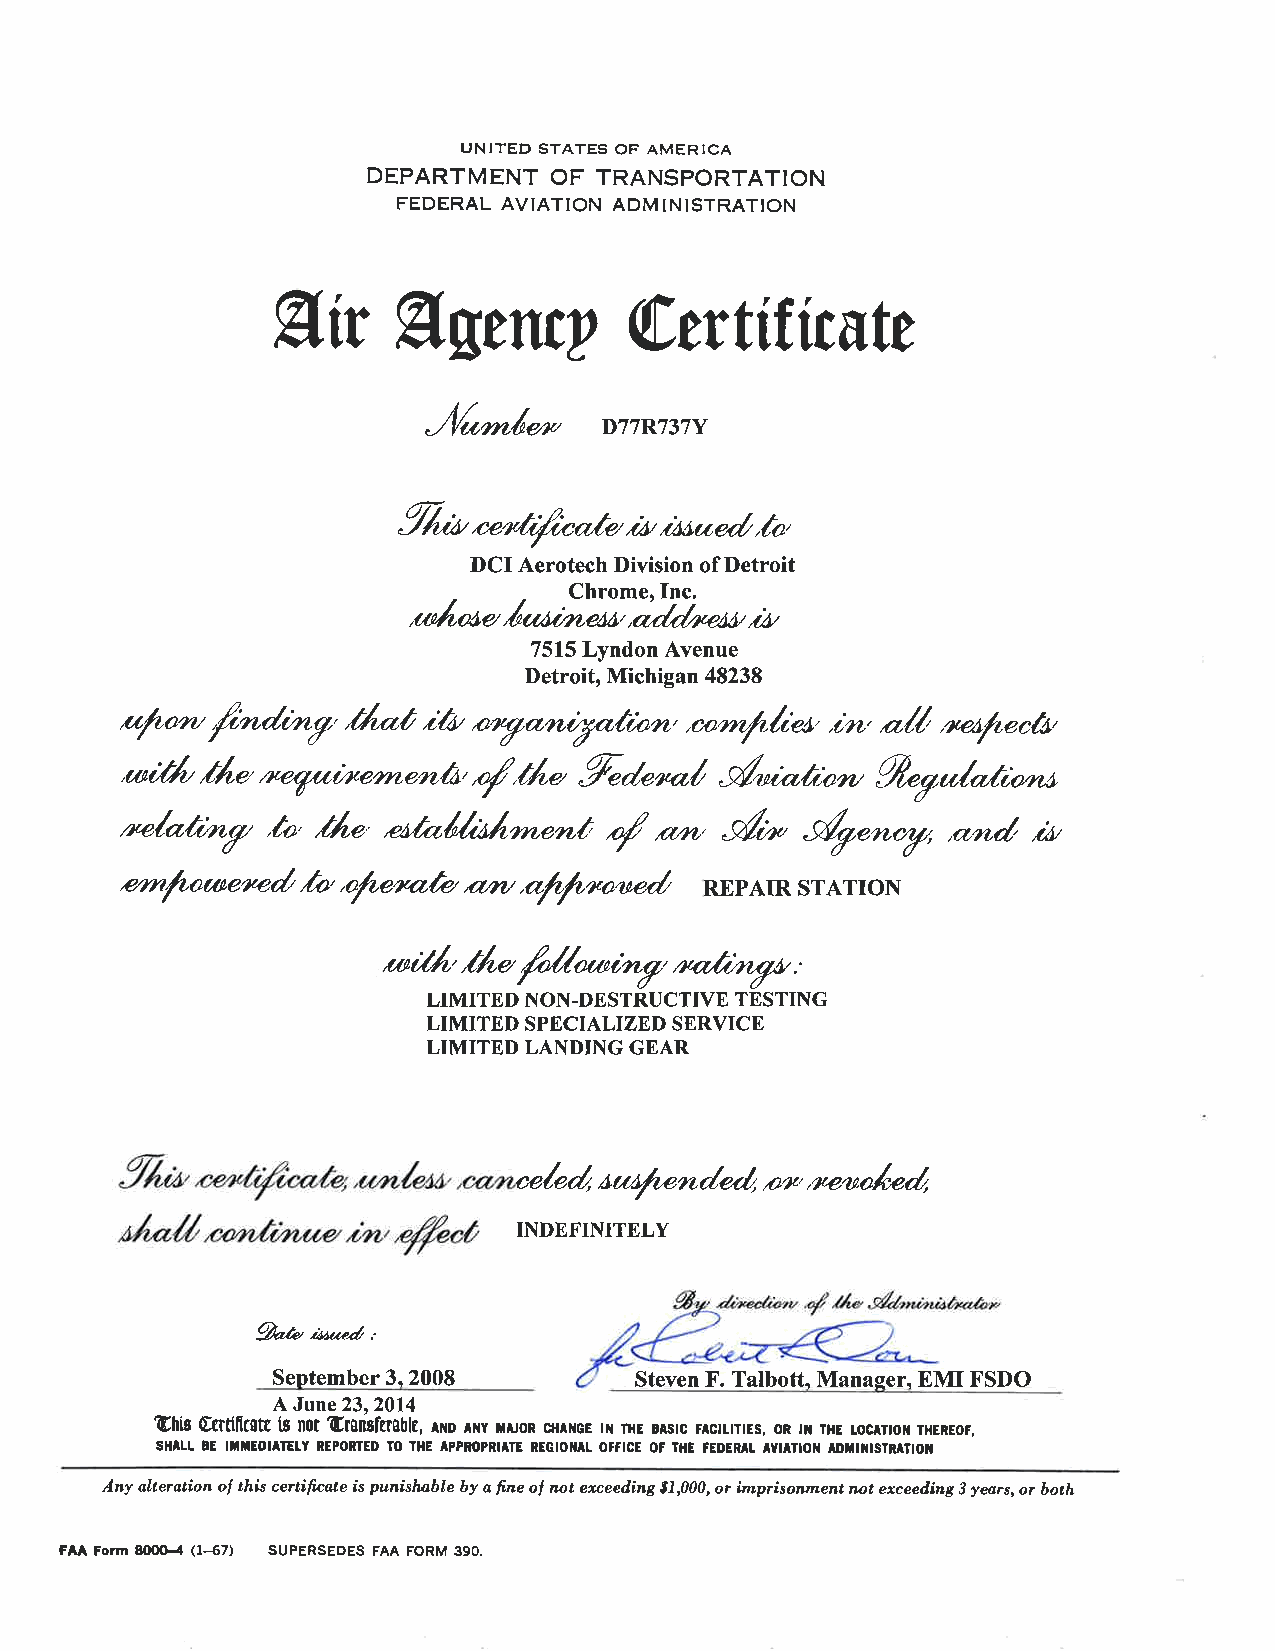
UNITEÞ STATES OF AMERICA
 DEPARTMENT   OF TRANSPORTATION
 FEDERAL AVIATION ADM IN ISTRATTON
 Øír     Øgenry         [,wtificute
 ,/lrrnóuo
 D77R737Y
 %rZ' r-*Crfr¿ *¡t,t*,u¿, ed,ta'
 cc
 DCI Aerotech Division of Detroit
 ,onÁ^u,ó^¿ln;;::l;r"^,,*
 ;:,1'"'.",'#*lil,âJ""Täi*
 ,uþan rtnú-f,,tÁ,øt iú,,aryømþntcon,,e,arnþ/c'et,,crL,,ø/l,na,þect¿,
 '*¿tÁt ,tÁ,ø           '/,tÁ- Øt¿"no/   .tøcøtca*, Ø"yu/a,tcory¿¿.
 'regtrtùrerrrnnâ,
 ,t'"/ø&zcg, ,to, ,tÁ.n' ,othth.Ác.nereö 4 o*, .úr;. ,Øy"*yt ,ømd ta
 ,erny',a ¿øecre ú,h,,aþecrøtø,azc,, øþþctocrcú REPAIR STATION
 oor;tÁ,,tÁ,u
 fi.//o*lny,cra,â'zyø, ..
 LIMITED NON-DESTRUCTIVE TESTING
 LIMITED SPECIALIZED SERVICE
 LIMITED LANDING GEAR
 ¿u¿/Lendedt on,ø to/*d,
 ""/"ú
 INDEFINITELY
 %.tu r:*ú t
 September 3.2008        Steven F. Talbott, Manager, EM FSDO
 A June 23,2014
 Ghig €ntiñcsts tg not Gtsnsfngblt, rm rily rÈon su¡cE rì rHE rlsrc FrcrurEs, oR n rHE roc^nor THEREoF,
 SHATI ¡E ITTEOIAIETY NEPORÍED TO THE IPPROPNIAIE NEGIOIII! O;fICE OF THE FEDERAT TYIATIOi ADTIIIISTRATIOII
 Any alaerøtion ol this certíficate is punísløble by a fine ol not erceed,ins 81,000, or ùnprisownent not excee¿ling 3 years, or both
 FAA Form 8(xþ{ (r-{7) SUPERSEDES FAA FORM 390.